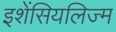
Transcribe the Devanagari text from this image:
इशेंसियलिज्म